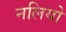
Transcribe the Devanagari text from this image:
नलियो